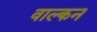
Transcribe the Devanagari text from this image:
वाल्कन